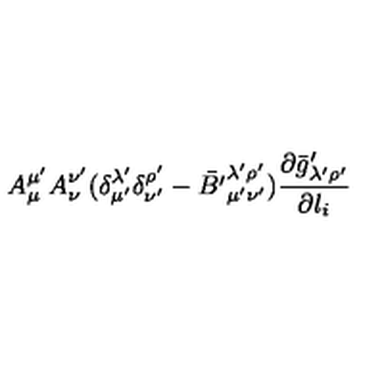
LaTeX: A _ { \mu } ^ { \mu ^ { \prime } } A _ { \nu } ^ { \nu ^ { \prime } } ( \delta _ { \mu ^ { \prime } } ^ { \lambda ^ { \prime } } \delta _ { \nu ^ { \prime } } ^ { \rho ^ { \prime } } - { \bar { B ^ { \prime } } } _ { \mu ^ { \prime } \nu ^ { \prime } } ^ { \lambda ^ { \prime } \rho ^ { \prime } } ) \frac { \partial { \bar { g } ^ { \prime } } _ { \lambda ^ { \prime } \rho ^ { \prime } } } { \partial l _ { i } }